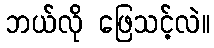
ဘယ်လို ဖြေသင့်လဲ။